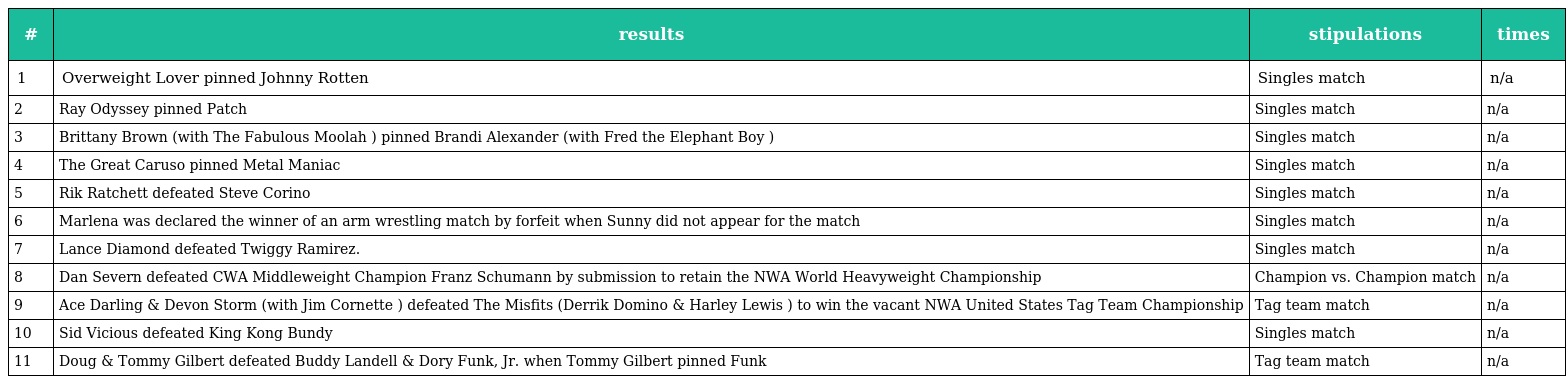
| # | results | stipulations | times |
 | --- | --- | --- | --- |
 | 1 | Overweight Lover pinned Johnny Rotten | Singles match | n/a |
 | 2 | Ray Odyssey pinned Patch | Singles match | n/a |
 | 3 | Brittany Brown (with The Fabulous Moolah ) pinned Brandi Alexander (with Fred the Elephant Boy ) | Singles match | n/a |
 | 4 | The Great Caruso pinned Metal Maniac | Singles match | n/a |
 | 5 | Rik Ratchett defeated Steve Corino | Singles match | n/a |
 | 6 | Marlena was declared the winner of an arm wrestling match by forfeit when Sunny did not appear for the match | Singles match | n/a |
 | 7 | Lance Diamond defeated Twiggy Ramirez. | Singles match | n/a |
 | 8 | Dan Severn defeated CWA Middleweight Champion Franz Schumann by submission to retain the NWA World Heavyweight Championship | Champion vs. Champion match | n/a |
 | 9 | Ace Darling & Devon Storm (with Jim Cornette ) defeated The Misfits (Derrik Domino & Harley Lewis ) to win the vacant NWA United States Tag Team Championship | Tag team match | n/a |
 | 10 | Sid Vicious defeated King Kong Bundy | Singles match | n/a |
 | 11 | Doug & Tommy Gilbert defeated Buddy Landell & Dory Funk, Jr. when Tommy Gilbert pinned Funk | Tag team match | n/a |